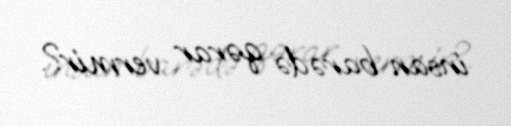
insan barədə qərar vermir?.